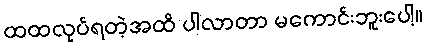
ထထလုပ်ရတဲ့အထိ ပါလာတာ မကောင်းဘူးပေါ့။